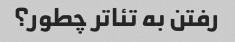
رفتن به تئاتر چطور؟